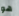
هو